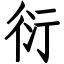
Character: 衍